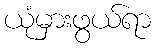
ယုံမှားဖွယ်ရာ